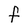
Character: f